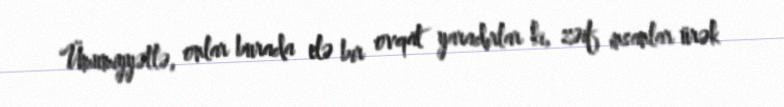
Ümumiyyətlə, onlar burada elə bir ovqat yaradırlar ki, zəif insanlar ürək